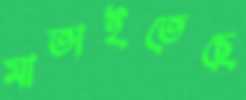
মাতাইতেছে